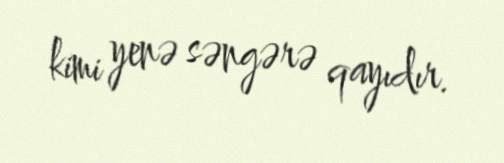
kimi yenə səngərə qayıdır.